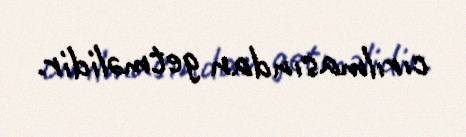
cırılmasından getməlidir.